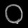
Digit: ၀